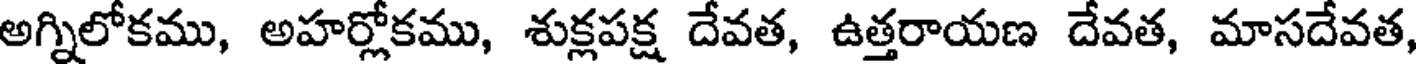
అగ్నిలోకము, అహర్లోకము, శుక్లపక్ష దేవత, ఉత్తరాయణ దేవత, మాసదేవత,